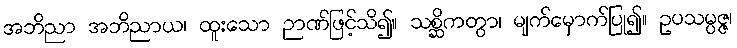
အဘိညာ အဘိညာယ၊ ထူးသော ဉာဏ်ဖြင့်သိ၍။ သစ္ဆိကတွာ၊ မျက်မှောက်ပြု၍။ ဥပသမ္ပဇ္ဇ၊